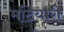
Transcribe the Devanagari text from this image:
मटियारी